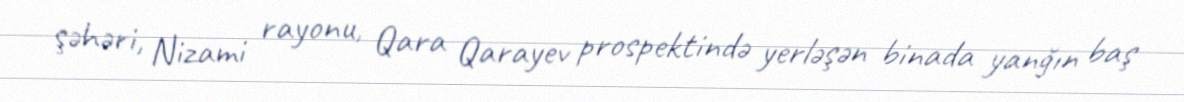
şəhəri, Nizami rayonu, Qara Qarayev prospektində yerləşən binada yanğın baş